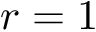
r = 1